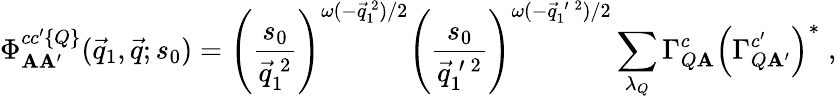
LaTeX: \Phi_{\mathbf{A}\mathbf{A}^{\prime}}^{cc^{\prime}\{ Q\} }(\vec{{q}}_{1},\vec{{q}};s_{0})=\left(\frac{{s_{0}}}{{\vec{{q}}_{1}^{\: 2}}}\right)^{\omega(-\vec{{q}}_{1}^{~2})/2}\left(\frac{{s_{0}}}{{\vec{{q}}_{1}^{\: \prime\: 2}}}\right)^{\omega(-\vec{{q}}_{1}^{\: \prime\: 2})/2}\sum_{\lambda_{Q}}\Gamma_{Q\mathbf{A}}^{c}\left(\Gamma_{Q\mathbf{A}^{\prime}}^{c^{\prime}}\right)^{*}\; ,